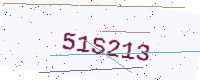
Text: 51S213